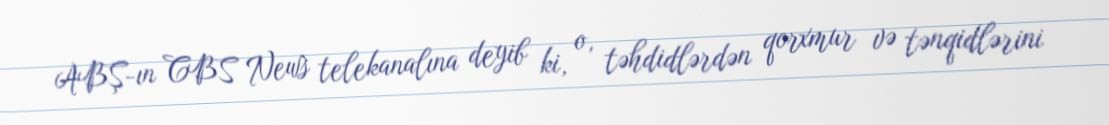
ABŞ-ın CBS News telekanalına deyib ki, o, təhdidlərdən qorxmur və tənqidlərini